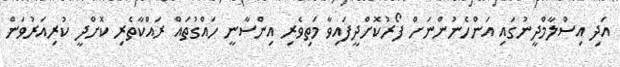
އަދި އިސްލާމްދީނުގައި އަންހެނުންނަށް ފޯރުކޮށްދީފައިވާ މަތިވެރި އިންސާނީ ހައްގުތައް ރައްކާތެރި ކޮށްދީ ކުރިއަރުވަން